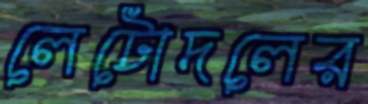
লেটোদলের